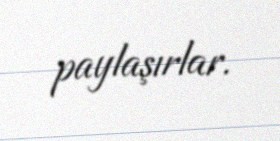
paylaşırlar.